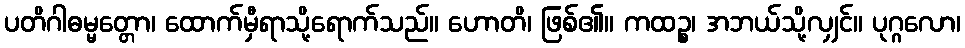
ပတိဂါဓမ္မတ္တော၊ ထောက်မှီရာသို့ရောက်သည်။ ဟောတိ၊ ဖြစ်၏။ ကထဉ္စ၊ အဘယ်သို့လျှင်။ ပုဂ္ဂလော၊